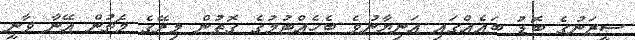
ސީޒަނުގެ ބޮޑު ބައެއްގައި އަނިޔާނުވެ ބެހެއްޓުމުގެ ގޮތުން މިރޭގެ މެޗުން އޭނާ ވާނީ